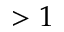
> 1